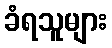
ခံရသူများ